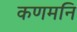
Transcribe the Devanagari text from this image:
कणमनि